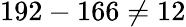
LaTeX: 192-166\neq 12